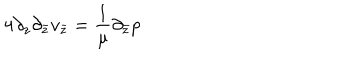
LaTeX: 4 \partial _ { z } \partial _ { \bar { z } } v _ { \bar { z } } = \frac { 1 } { \mu } \partial _ { \bar { z } } p